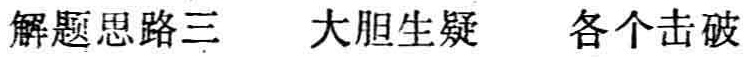
解题思路三  大胆生疑  各个击破